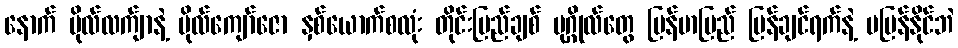
နောက် ဗိုလ်လက်ျာနဲ့ ဗိုလ်ကျော်ဇော နှစ်ယောက်စလုံး တိုင်းပြည်ချစ် ပုဂ္ဂိုလ်တွေ မြန်မာပြည် ပြန်ချင်ရက်နဲ့ မပြန်နိုင်ဘဲ